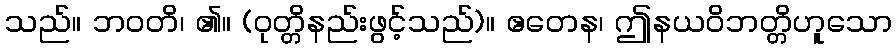
သည်။ ဘဝတိ၊ ၏။ (ဝုတ္တိနည်းဖွင့်သည်)။ ဧတေန၊ ဤနယဝိဘတ္တိဟူသော